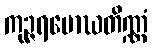
ကုဉ္ဇရမောဃတိဏ္ဏံ